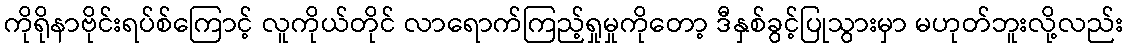
ကိုရိုနာဗိုင်းရပ်စ်ကြောင့် လူကိုယ်တိုင် လာရောက်ကြည့်ရှုမှုကိုတော့ ဒီနှစ်ခွင့်ပြုသွားမှာ မဟုတ်ဘူးလို့လည်း